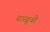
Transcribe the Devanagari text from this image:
बाखूबी